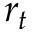
r _ { t }